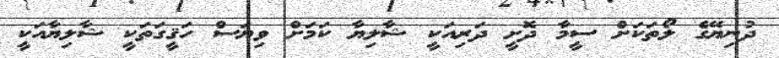
ދުނިޔޭގެ ލޯތަކަށް ސީމާ ދޮށީ ދަރިއަކީ ޝާލިޔާ ކަމަށް ވިޔަސް ހަޤީގަތަކީ ޝާލިޔާއަކީ